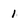
Character: 1